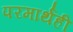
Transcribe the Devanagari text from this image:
परमार्थही